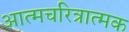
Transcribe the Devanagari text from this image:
अात्मचरित्रात्मक